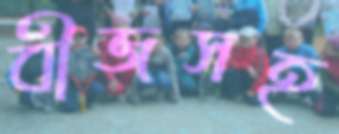
বীজসহ